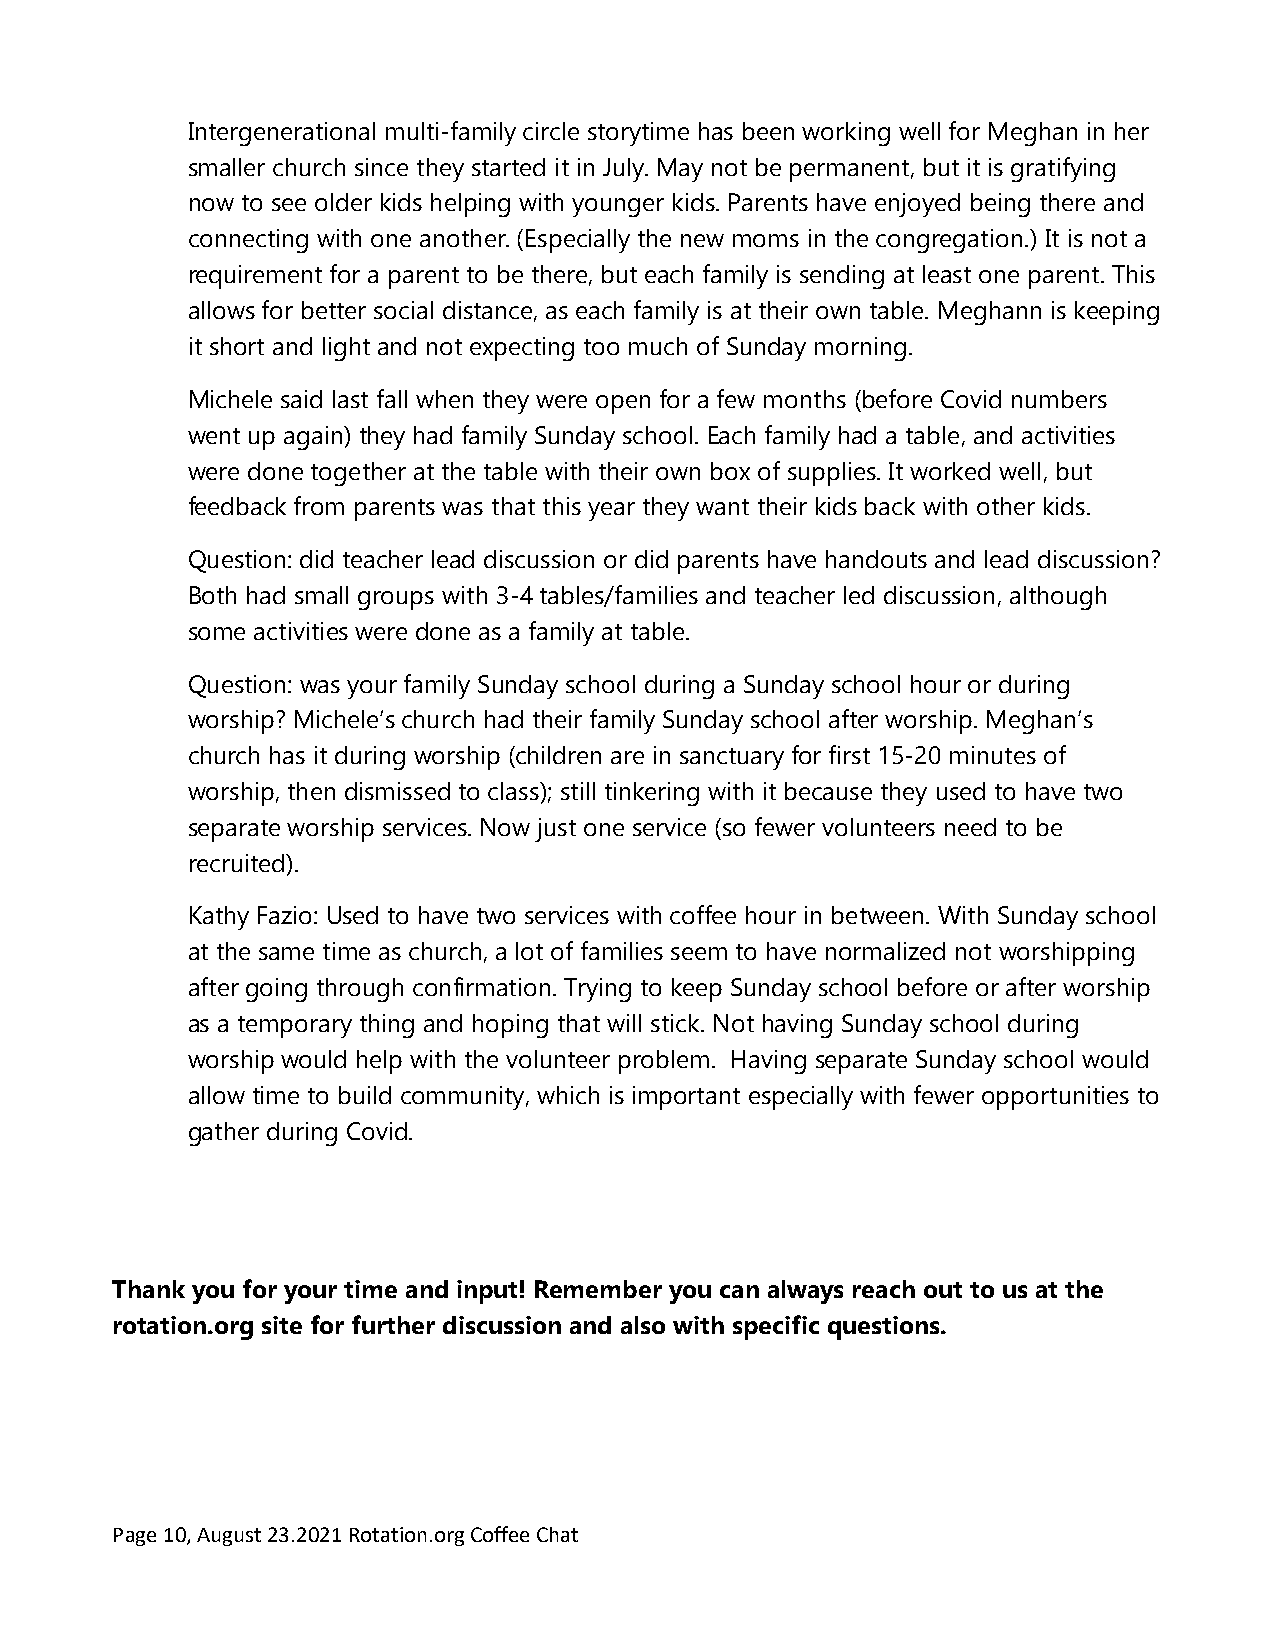
Intergenerational multi-family circle storytime has been working well for Meghan in her
 smaller church since they started it in July. May not be permanent, but it is gratifying
 now to see older kids helping with younger kids. Parents have enjoyed being there and
 connecting with one another. (Especially the new moms in the congregation.) It is not a
 requirement for a parent to be there, but each family is sending at least one parent. This
 allows for better social distance, as each family is at their own table. Meghann is keeping
 it short and light and not expecting too much of Sunday morning.
 Michele said last fall when they were open for a few months (before Covid numbers
 went up again) they had family Sunday school. Each family had a table, and activities
 were done together at the table with their own box of supplies. It worked well, but
 feedback from parents was that this year they want their kids back with other kids.
 Question: did teacher lead discussion or did parents have handouts and lead discussion?
 Both had small groups with 3-4 tables/families and teacher led discussion, although
 some activities were done as a family at table.
 Question: was your family Sunday school during a Sunday school hour or during
 worship? Michele’s church had their family Sunday school after worship. Meghan’s
 church has it during worship (children are in sanctuary for first 15-20 minutes of
 worship, then dismissed to class); still tinkering with it because they used to have two
 separate worship services. Now just one service (so fewer volunteers need to be
 recruited).
 Kathy Fazio: Used to have two services with coffee hour in between. With Sunday school
 at the same time as church, a lot of families seem to have normalized not worshipping
 after going through confirmation. Trying to keep Sunday school before or after worship
 as a temporary thing and hoping that will stick. Not having Sunday school during
 worship would help with the volunteer problem. Having separate Sunday school would
 allow time to build community, which is important especially with fewer opportunities to
 gather during Covid.
 Thank you for your time and input! Remember you can always reach out to us at the
 rotation.org site for further discussion and also with specific questions.
 Page 10, August 23.2021 Rotation.org Coffee Chat